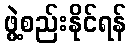
ဖွဲ့စည်းနိုင်ရန်